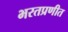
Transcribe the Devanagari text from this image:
भरतप्रणीत